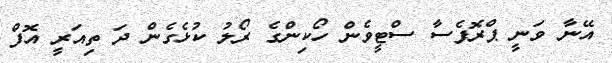
އޭނާ ވަނީ ޕްރޮފެސާ ސްޓީވެން ހޯކިންގެ ރޯލު ކުޅެގެން ދަ ތިއަރީ އޮފް